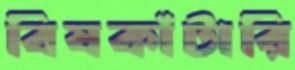
বিষকাঁটারি